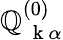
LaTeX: \mathbb{Q}_{\mathrm{{~\mathbf{~}k~}}\alpha}^{(0)}